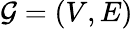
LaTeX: \mathcal{G}=(V,E)